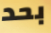
بحد